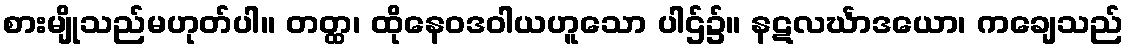
စားမျိုသည်မဟုတ်ပါ။ တတ္ထ၊ ထိုနေဝဒဝါယဟူသော ပါဌ်၌။ နဋလင်္ဃာဒယော၊ ကချေသည်